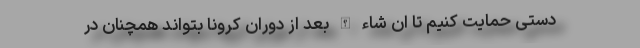
دستی حمایت کنیم تا ان شاء الله بعد از دوران کرونا بتواند همچنان در